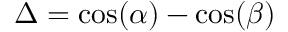
\Delta = \cos ( \alpha ) - \cos ( \beta )